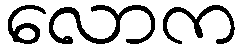
လောက